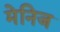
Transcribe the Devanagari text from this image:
मेनिज